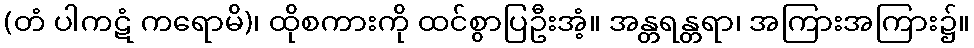
(တံ ပါကဋံ ကရောမိ)၊ ထိုစကားကို ထင်စွာပြဦးအံ့။ အန္တရန္တရာ၊ အကြားအကြား၌။